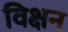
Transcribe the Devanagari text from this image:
विक्षन